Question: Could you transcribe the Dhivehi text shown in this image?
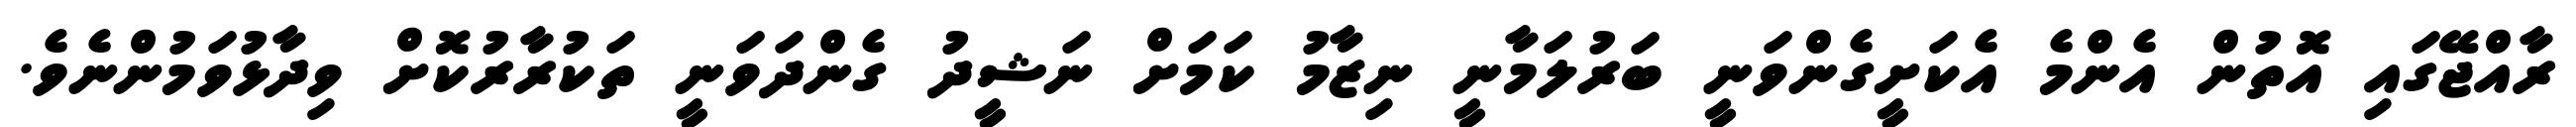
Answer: ރާއްޖޭގައި އޮތުން އެންމެ އެކަށީގެންވަނީ ބަރުލަމާނީ ނިޒާމު ކަމަށް ނަޝީދު ގެންދަވަނީ ތަކުރާރުކޮށް ވިދާޅުވަމުންނެވެ.